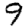
Digit: 9